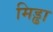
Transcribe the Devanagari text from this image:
मिड्ढा